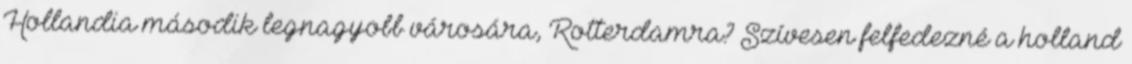
Hollandia második legnagyobb városára, Rotterdamra? Szívesen felfedezné a holland